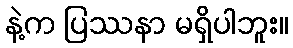
နဲ့က ပြဿနာ မရှိပါဘူး။